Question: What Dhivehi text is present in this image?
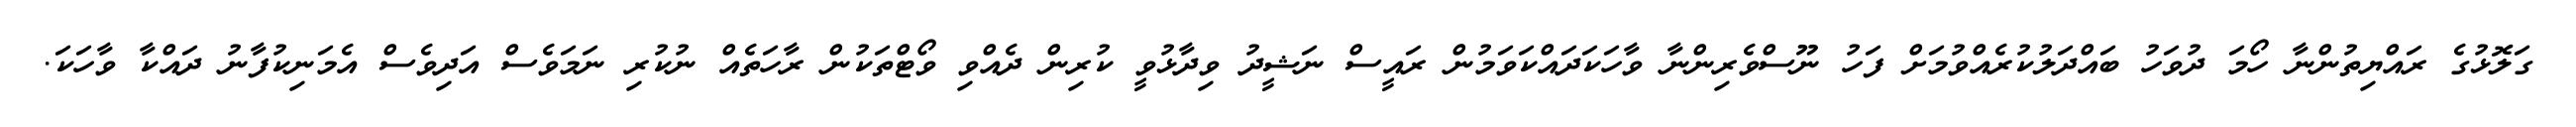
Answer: ގަލޮޅުގެ ރައްޔިތުންނާ ހޯމަ ދުވަހު ބައްދަލުކުރެއްވުމަށް ފަހު ނޫސްވެރިންނާ ވާހަކަދައްކަވަމުން ރައީސް ނަޝީދު ވިދާޅުވީ ކުރިން ދެއްވި ވޯޓްތަކުން ރާހަތެއް ނުކުރި ނަމަވެސް އަދިވެސް އެމަނިކުފާނު ދައްކާ ވާހަކަ.